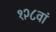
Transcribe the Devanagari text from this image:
१२८वां